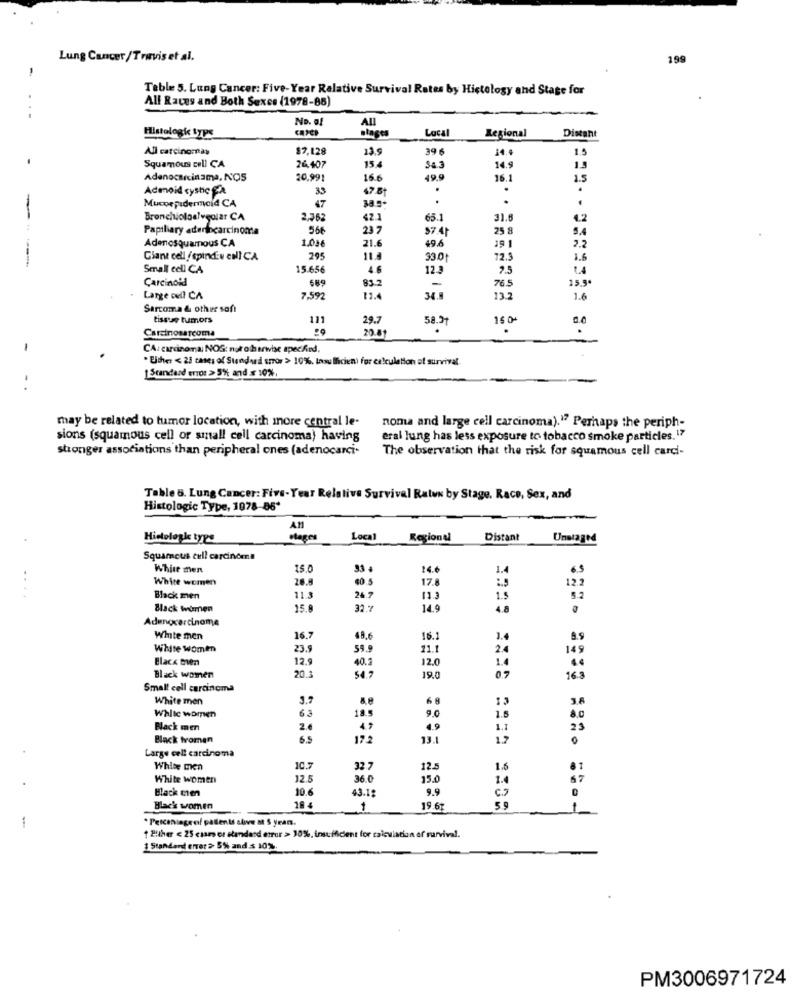
Lung Cancer /Travis et al.
199
Table 5. Lung Cancer: Five-Year Relative Survival Rates by Histology and Stage for
All Rates and Both Sexcs (1978-85)
...
No. of
Histologi type
All
Local
Regional
Distant
All carcinornas
$7,128
13.9
39 6
14.4
1.5
Squamous cell CA
26,407
154
34.3
14.9
1.3
Adenocarcinoma, NOS
20,991
16.6
49.9
16.1
1.5
Adenoid cystcfa
33
47.81
.
47
. .
..
Mucoepidermal4 CA
38.5
Bronchioloalveolar CA
2.362
42.1
65.1
31.0
1.2
Papillary adenocarcinoma
566
23 7
$7.4
25 8
5.4
Adenosquamous CA
1.046
2.2
21.6
49.6
39 1
Giant cell /spind:w enICA
295
11.3
33.0
72.3
Small cell CA
15.656
4.6
12.3
2.5
Carcinoid
689
83.2
15.5*
-
76.5
Large oull CA
7.59
13.4
13.2
1.6
Sarcoma & other soft
tissue tumors
111
29.7
58.3
16 0
Carcinosarcoma
20.81
-
CA: carcinoma; NOS: nut otherwise specified,
. Either < 25 cases of Standard error > 10%, lasu Ihcien) for calculation of survival.
1 Standard error > 5% and x 10%.
may be related to tumor location, with more central le-
noma and large cell carcinoma)."? Perhaps the periph-
sions (squamous cell or small cell carcinoma) having
eral lung has less exposure to tobacco smoke particles. 17
stronger associations than peripheral ones (adenocarci-
The observation that the risk for squamous cell carci-
Table 6. Lung Cancer: Five-Year Relative Survival Ratww by Stage, Race, Sex, and
Histologic Type, 1978-85*
AM
Hieloløgke type
Plages
Local
Regional
Distant
Unstaged
Squamous cell carcinoma
White men
15.0
33.
14.6
1.4
White women
26.8
$0.5
17.8
12.2
....
Black men
11.3
26.7
1.5
5.2
Black women
15.
32 .7
14.9
4.8
.
Adenocarcinoma
White men
16.
48.6
16.1
1.4
White Women
23.5
59.9
11.1
2.4
149
Black bien
12.9
40.3
12.0
1.4
Black women
20.3
19.0
07
16.3
Small cell carcinoma
White mon
3.7
a.8
68
13
3.6
Whlic women
63
18.5
1.5
8.0
Black men
2.6
47
4.9
1.1
23
Black tromen
6.5
122
13.1
17
Large cell carcinoma
White men
10.7
32.7
12.5
1.6
White women
12.5
36.0
15.0
1.4
67
Black men
10.6
43.15
9.9
C.7
Black women
18 4
1
19.6
5.9
* Percentageof patients alive at S year.
1 2ither < 25 cases or standard error > 30%, insufficient for calculation of survival.
Standard enret >> 5% and $ 10%
PM3006971724